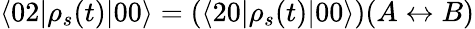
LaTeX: \langle 02|\rho_{s}(t)|00\rangle=(\langle 20|\rho_{s}(t)|00\rangle)(A\leftrightarrow B)